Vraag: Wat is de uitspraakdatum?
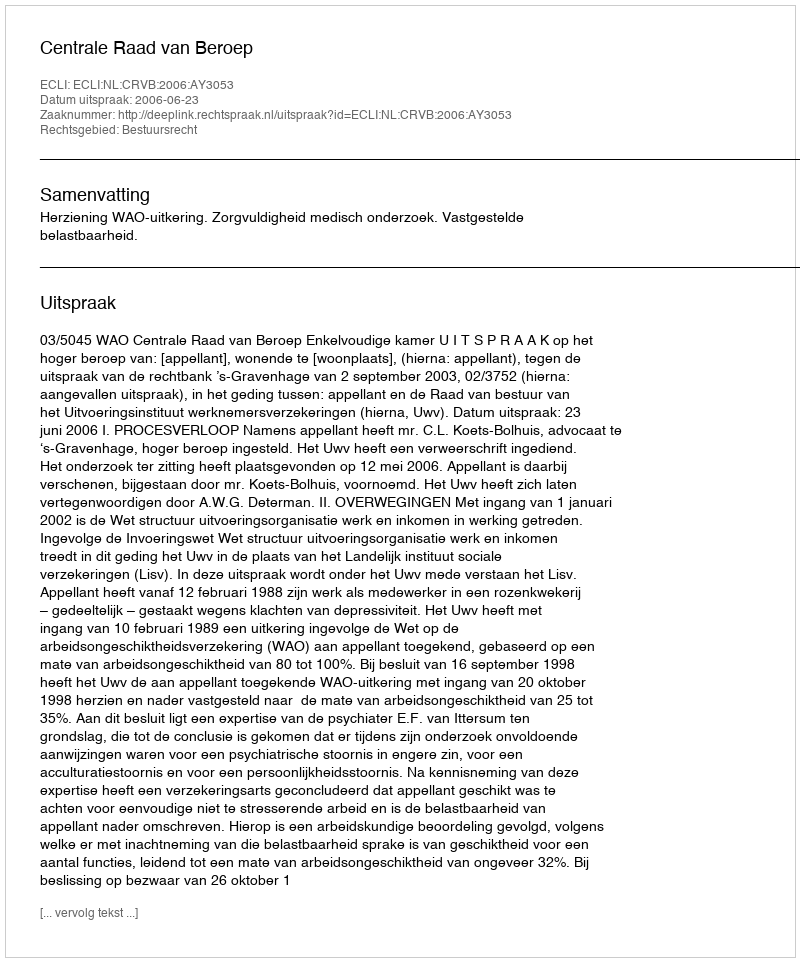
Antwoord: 2006-06-23